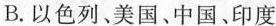
B.以色列、美国、中国、印度